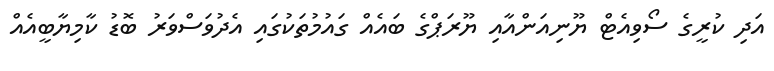
އަދި ކުރީގެ ސޯވިއެޓް ޔޫނިއަންއާއި ޔޫރަޕްގެ ބައެއް ގައުމުތަކުގައި އެދުވަސްވަރު ބޮޑު ކާމިޔާބީއެއް